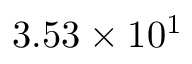
3 . 5 3 \times 1 0 ^ { 1 }